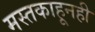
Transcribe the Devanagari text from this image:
मस्तकाहूनही